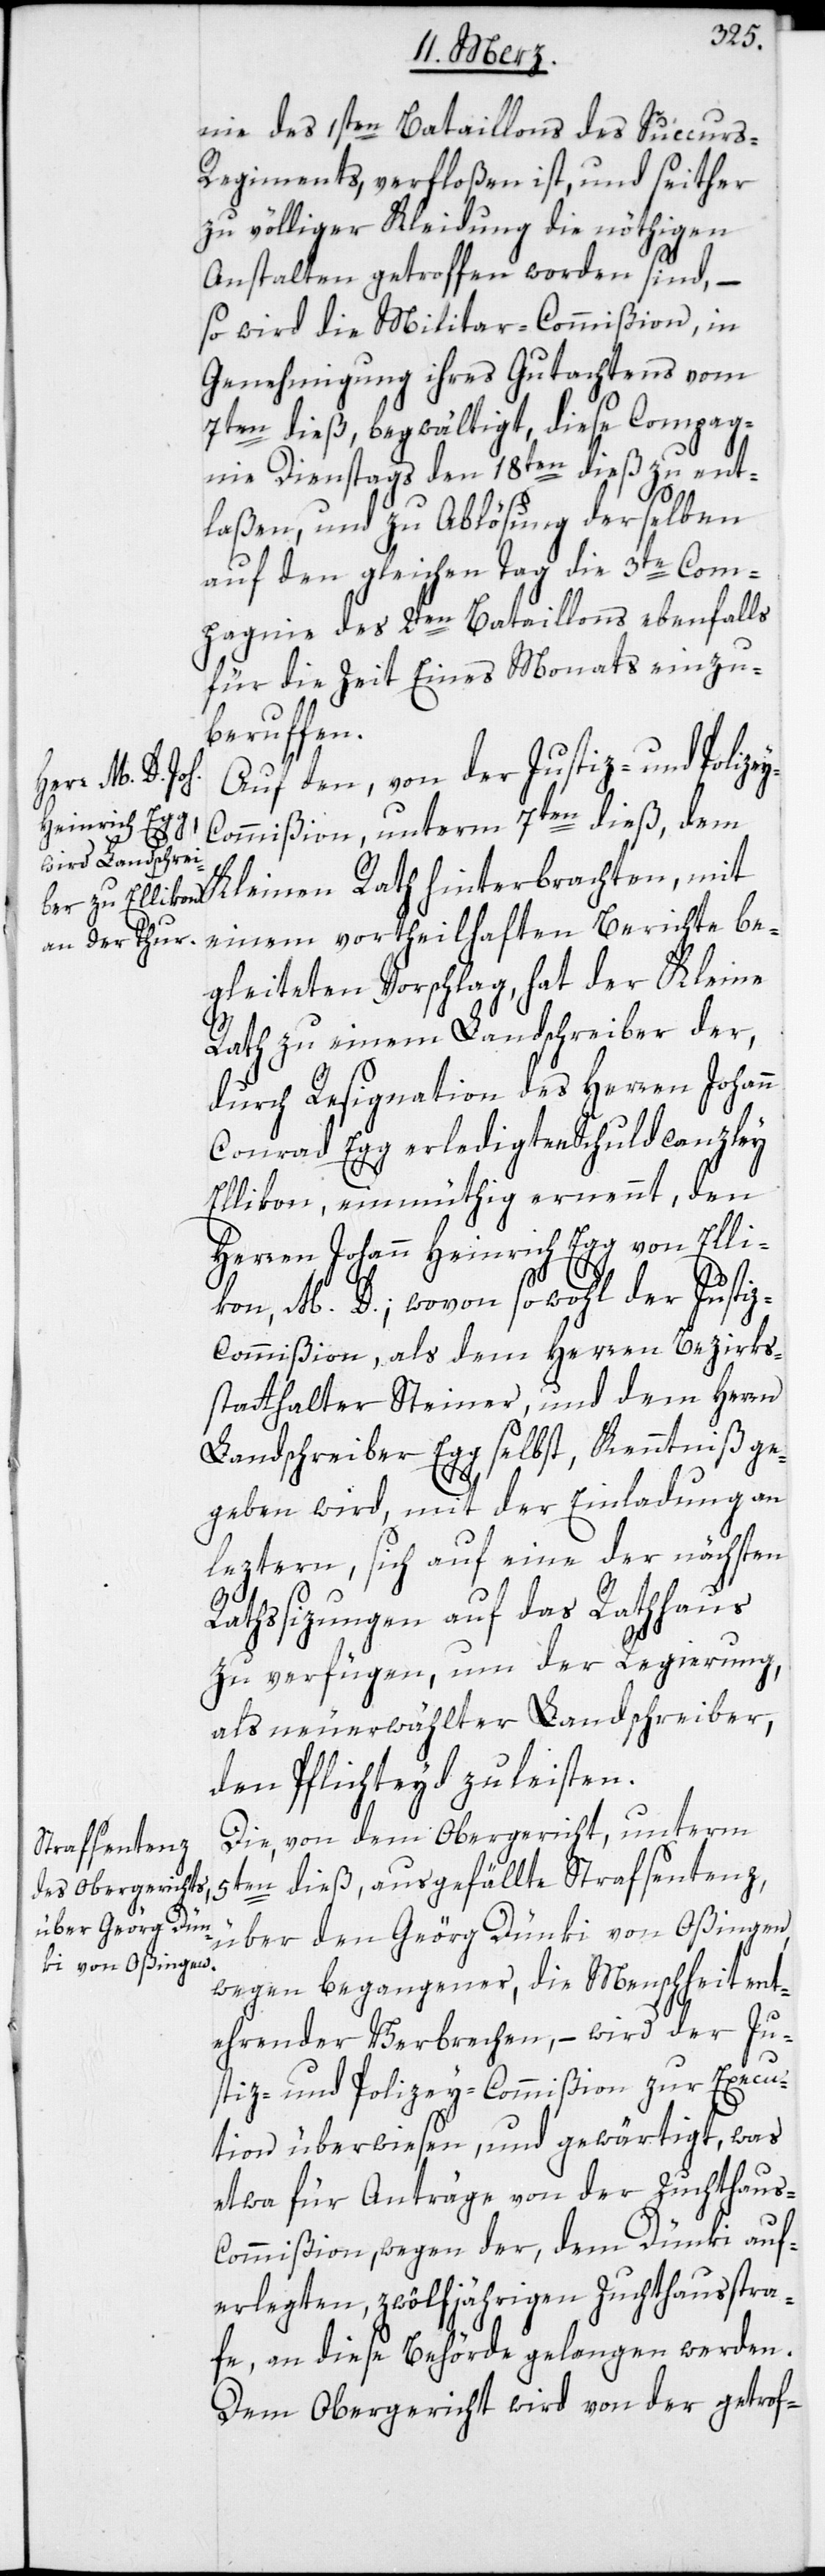
nie des 1sten Bataillons des Succur¬
s-Regiments, verfloßen ist, und seither
zu völliger Kleidung die nöthigen
Anstalten getroffen worden sind, –
so wird die Militar-Commißion, in
Genehmigung ihres Gutachtens vom
7ten dieß, begwältigt, diese Compag¬
nie Dienstags den 18ten dieß zu ent¬
laßen, und zu Ablösung derselben
auf den gleichen Tag die 3te Com¬
pagnie des 2ten Bataillons ebenfalls
für die Zeit eines Monats einzu¬
beruffen.
Auf den, von der Justiz- und Polize¬
ommißion, unterm 7ten dieß, dem
y-C¬
einem vortheilhaften Berichte be¬
gleiteten Vorschlag, hat der Kleine
Rath zu einem Landschreiber der,
durch Resignation des Herren Johann
Conrad Egg erledigten Schuldcanzley
Ellikon, einmüthig ernennt, den
Herren Johann Heinrich Egg von Elli¬
kon, M. D.; wovon sowohl der Justi¬
z-Commißion, als dem Herren Bezirks¬
statthalter Steiner, und dem Herrn
Landschreiber Egg selbst, Kenntniß ge¬
geben wird, mit der Einladung an
leztern, sich auf eine der nächsten
Rathssizungen auf das Rathaus
zu verfügen, um der Regierung,
als neuerwählter Landschreiber,
den Pflichteyd zu leisten.
Die, von dem Obergericht, unterm
5ten dieß ausgefällte Strafsentenz,
über den Geörg Dünki von Oßingen,
wegen begangener, die Menschheit ent¬
ehrender Verbrechen, – wird der Ju¬
stiz- und Polizey-Commißion zur Execu¬
tion überwiesen und gewärtigt, was
etwa für Anträge von der Zuchthaus¬
commißion, wegen der, dem Dünki auf¬
erlegten, zwölfjährigen Zuchthausstra¬
fe, an diese Behörde gelangen werden.
Dem Obergericht wird von der getrof-